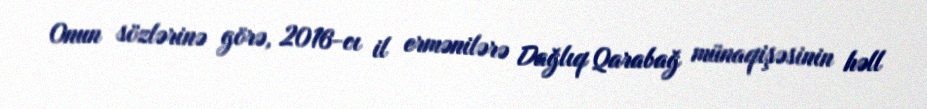
Onun sözlərinə görə, 2016-cı il ermənilərə Dağlıq Qarabağ münaqişəsinin həll